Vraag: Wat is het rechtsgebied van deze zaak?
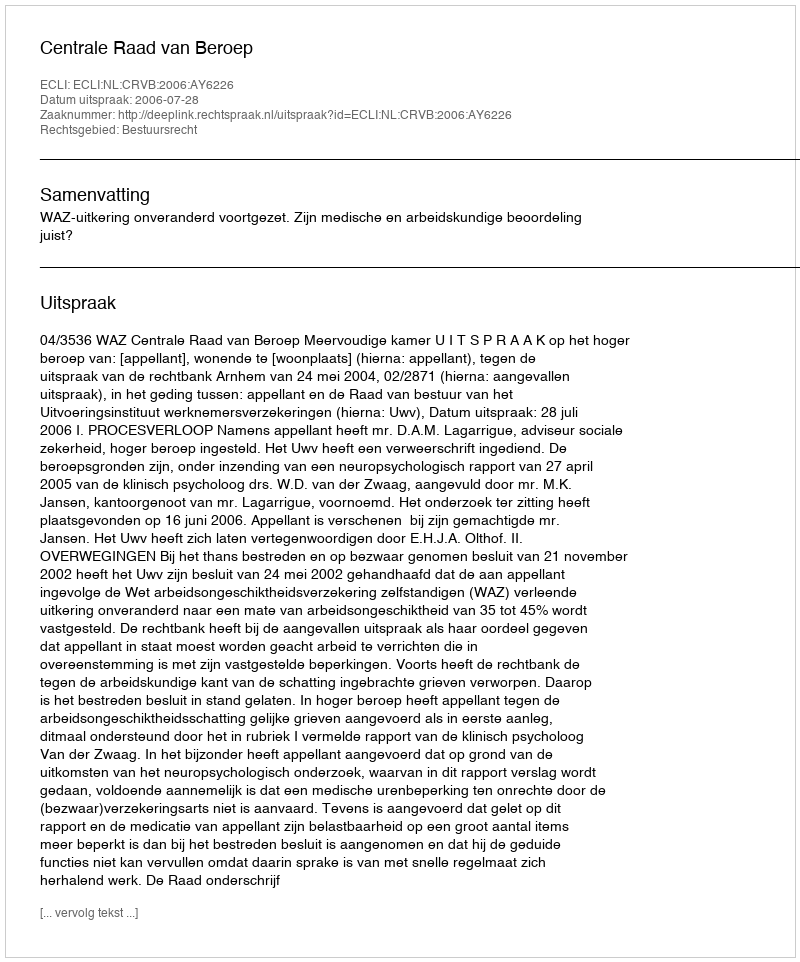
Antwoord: Bestuursrecht